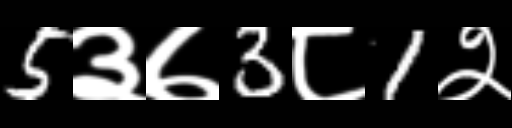
Text: 5३७3८1२